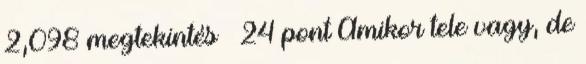
2,098 megtekintés · 24 pont Amikor tele vagy, de